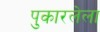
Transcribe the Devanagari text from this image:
पुकारलेला